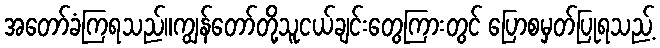
အတော်ခံကြရသည်။ကျွန်တော်တို့သူငယ်ချင်းတွေကြားတွင် ပြောစမှတ်ပြုရသည့်